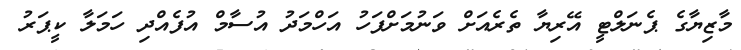
މާޒިޔާގެ ޕެނަލްޓީ އޭރިޔާ ތެރެއަށް ވަނުމަށްފަހު އަހްމަދު އުސާމް އުފެއްދި ހަމަލާ ކީޕަރު